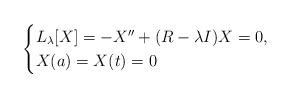
LaTeX: \begin{align*}\begin{cases}L_{\lambda}[X] = - X'' + (R-\lambda I)X = 0, \\X(a) = X(t) = 0\end{cases}\end{align*}